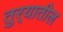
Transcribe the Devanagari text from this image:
तुर्‍यातील